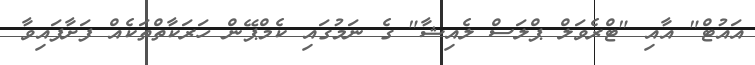
އައުޓް" އާއި "ޓްރެވަލް ޕްލަސް ލެއިޝާ" ގެ ނަމުގައި ކެމްޕޭން ހަރަކާތްތަކެއް ފަށާފައިވާ